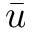
\bar { u }